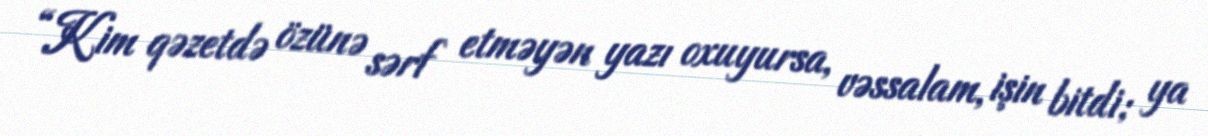
“Kim qəzetdə özünə sərf etməyən yazı oxuyursa, vəssalam, işin bitdi; ya